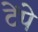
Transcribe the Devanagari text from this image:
टेंपे